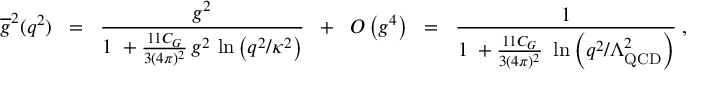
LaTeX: \overline { { { g } } } ^ { 2 } ( q ^ { 2 } ) \; \; = \; \; \frac { g ^ { 2 } } { 1 \; + \frac { 1 1 C _ { G } } { 3 ( 4 \pi ) ^ { 2 } } \, g ^ { 2 } \, \ln \left( q ^ { 2 } / \kappa ^ { 2 } \right) } \; \; + \; \; O \left( g ^ { 4 } \right) \; \; = \; \; \frac { 1 } { 1 \; + \frac { 1 1 C _ { G } } { 3 ( 4 \pi ) ^ { 2 } } \, \, \ln \left( q ^ { 2 } / \Lambda _ { \mathrm { Q C D } } ^ { 2 } \right) } \; ,